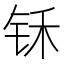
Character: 𰽬